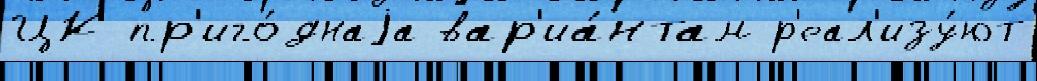
ЦК пр'иго́днаjа вар'иа́нтам р'еал'изу́ют